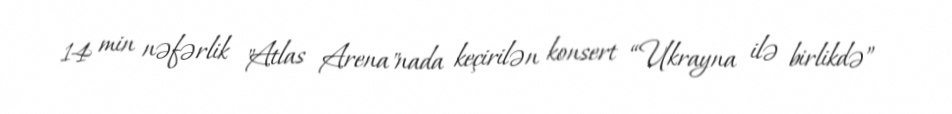
14 min nəfərlik "Atlas Arena"nada keçirilən konsert “Ukrayna ilə birlikdə”